Medical and sanitary report of the native army of Bengal for the year
Year: 1875
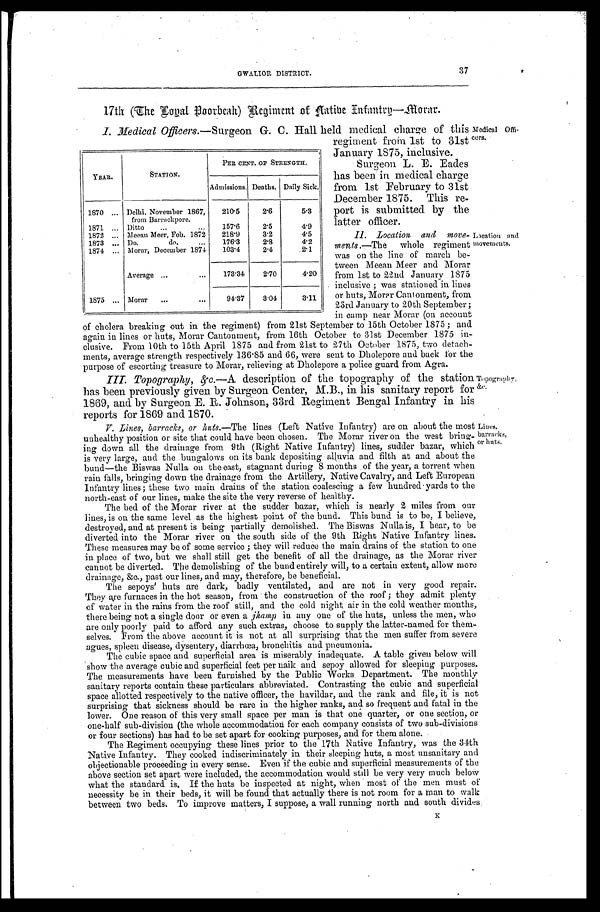
37
GWALIOR DISTRICT.
l7th (The Ioyal Poorbcah) Regiment of Aatibe Infantry—Morar.
I. Medical Officers.—Surgeon G. C. Hall held medical charge of this
regiment from 1st to 31st
January 1875, inclusive.
Surgeon L. E. Eades
has been in medical charge
from 1st February to 31st
December 1875. This r
e-port is submitted by the
latter officer.
II. Location and move
- m e n t s
. — T h e w h o l e r e g i m e n t
was on the line of march be
- t w e e n M e e a n M e e r a n d M o r a r
from 1st to 22nd January 1875
inclusive; was stationed in lines
or huts, Morar Cantonment, from
23rd January to 20th September
; in camp near Morar (on account
of cholera breaking out in the regiment) from 21st September to 15th October 1875; and
again in lines or huts, Morar Cantonment, from 16th October to 31st December 1875 in
-clusive. From 10th to 15th April 1875 and from 21st to 27th October 1875, two detac
h - m e n t s , a v e r a g e s t r e n g t h r e s p e c t i v e l y 1 3 6 . 8 5 a n d 6 6 , w e r e s e n t t o D h o l e p o r e a n d b a c k f o r t h e
Purpose of escorting treasure to Morar, relieving at Dholepore a police guard from. Agra.
YEAR.
STATION.
PER CENT OF STRENGTH.
Admissions. Deaths. Daily Sick.
1870 . . . Delhi, November 1867,
from Barrackpore.
210.5
2.6
5.3
1871 . . . Ditto . . .
157.6
2.5
4.9
1872 . . . Meean Meer, Feb. 1872
218.9
3.2
4.5
1873 . . . Do. do, . . .
176.3
2.8
4.2
1874
. . . Motor, December 1874
103.4
2.4
2.1
Average . . .
173.34
2.70
4.20
1875 . . .
Morar . . .
94.37
3.04
3.11
Medical Offi
-cers.
Loeation and
movements.
III. Topography, &c.—
A description of the topography of the station
has been previously given by Surgeon Center, M.B., in his sanitary report for
1869, and by Surgeon E. R. Johnson, 33rd Regiment Bengal Infantry in his
reports for 1869 and 1870.
V. Lines, barracks, or huts.— The lines (Left Native Infantry) are on about the most
unhealthy position or site that could have been chosen. The Morar river on the west brin
g -
ing down all the drainage from 9th (Right Native Infantry) lines, sudder bazar, which
is very large, and the bungalows on its bank depositing alluvia and filth at and about the
bund—the Biswas Nulla on the east, stagnant during 8 months of the year, a torrent when
rain falls, bringing down the drainage from the Artillery, Native Cavalry, and Left European
Infantry lines; these two main drains of the station coalescing a few hundred yards to the
north-east of our lines, make the site the very reverse of healthy.
Topograp hy, &c.
Lines,
brracks, or huts.
The bed of the Morar river at the sudder bazar, which is nearly 2 miles from our
lines, is on the same level as the highest point of the bund. This bund is to be, I believe,
destroyed, and at present is being partially demolished. The Biswas Nulla is, I bear, to be
diverted into the Morar river on the south side of the 9th Right Native Infantry lines.
These measures may be of some service; they will reduce the main drains of the station to one
in place of two, but we shall still get the benefit of all the drainage, as the Morar river
cannot be diverted. The demolishing of' the bund entirely will, to a certain extent, allow more
drainage, &c., past our lines, and may, therefore, be beneficial.
The sepoys' huts are dark, badly ventilated, and are not in very good repair.
They are furnaces in the hot season, from the construction of the roof; they admit plenty
of water in the rains from the roof still, and the cold night air in the cold weather months,
there being not a single door or even a jhamp in any one of the huts, unless the men, who
are only poorly paid to afford any such extras, choose to supply the latter-named for them
-
selves. From the above account it is not at all surprising that the men suffer from severe
agues, spleen disease, dysentery, diarrhœa, bronchitis and pneumonia.
The cubic space and superficial area is miserably inadequate. A table given below will
show the average cubic and superficial feet per naik and sepoy allowed for sleeping purposes.
The measurements have been furnished by the Public Works Department. The monthly
sanitary reports contain these particulars abbreviated. Contrasting the cubic and superficial
space allotted respectively to the native officer, the havildar, and the rank and file, it is not
surprising that sickness should be rare in the higher ranks, and so frequent and fatal in the
lower. One reason of this very small space per man is that one quarter, or one section, or
one-half sub-division (the whole accommodation for each company consists of two sub-divisions
or four sections) has had to be set apart for cooking purposes, and for them alone.
The Regiment occupying these lines prior to the 17th Native Infantry, was the 34th
Native Infantry. They cooked indiscriminately in their sleeping huts, a most unsanitary and
objectionable proceeding in every sense. Even if the cubic and superficial measurements of the
above section set apart were included, the accommodation would still be very very much below
what the standard is. If the huts be inspected at night, when most of the men must of
necessity be in their beds, it will be found that actually there is not room for a man to walk
between two beds. To improve matters, I suppose; a wall running north and south divides.
K